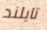
تايلند